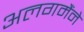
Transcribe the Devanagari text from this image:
अलगमैंने